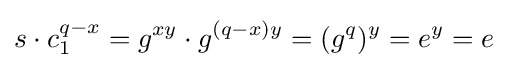
s\cdot c_{1}^{q-x}=g^{xy}\cdot g^{(q-x)y}=(g^{q})^{y}=e^{y}=e